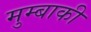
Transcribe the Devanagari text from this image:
मुम्बाकी